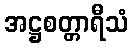
အဋ္ဌစတ္တာရီသံ